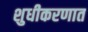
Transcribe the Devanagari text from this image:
शुधीकरणात